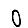
Digit: 0